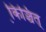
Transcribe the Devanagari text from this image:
कि़ञ्चित्